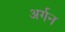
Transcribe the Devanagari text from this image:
अर्गन